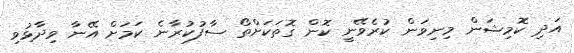
އަދި ކޮމިޝަން މިނިވަން ކުރެވޭނީ ކޮން ގޮތަކަށްތޯ ސާފުކުރާނެ ކަމަށް އޭނާ ވިދާޅުވި